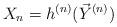
LaTeX: \begin{align*} X_n = h^{(n)}(\vec{Y}^{(n)}) \end{align*}